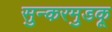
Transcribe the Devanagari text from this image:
सुन्करमुडकू